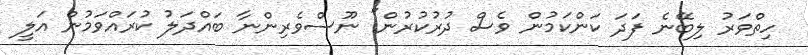
ހިތްވަރު ލިބޭނެ ފަދަ ކަންކަމުން ވެސް ދުރުކުރުން" ނޫސްވެރިންނާ ބައްދަލު ކުރައްވަމުން އަލީ